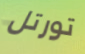
تورتل